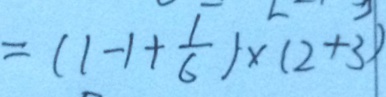
= ( 1 - 1 + \frac { 1 } { 6 } ) \times ( 2 + 3 )